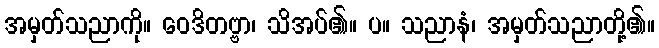
အမှတ်သညာကို။ ဝေဒိတဗ္ဗာ၊ သိအပ်၏။ ပ။ သညာနံ၊ အမှတ်သညာတို့၏။